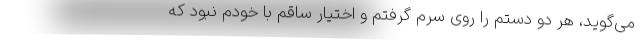
می‌گوید، هر دو دستم را روی سرم گرفتم و اختیار ساقم با خودم نبود که